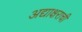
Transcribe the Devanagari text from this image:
अद्याक्षराची